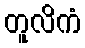
တူလိကံ